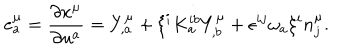
LaTeX: e _ { a } ^ { \mu } = \frac { \partial x ^ { \mu } } { \partial u ^ { a } } = Y _ { , a } ^ { \mu } + \xi ^ { i } K _ { a } ^ { i b } Y _ { , b } ^ { \mu } + \epsilon ^ { i j } \omega _ { a } \xi ^ { i } n _ { j } ^ { \mu } .